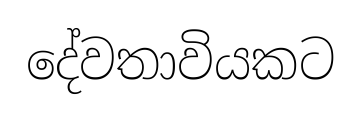
දේවතාවියකට